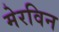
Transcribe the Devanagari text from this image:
मेरविन